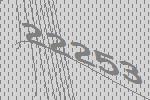
22253